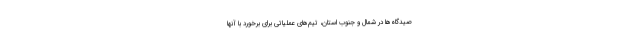
صیدگاه‌ها در شمال و جنوب استان، تیم‌های عملیاتی برای برخورد با آنها